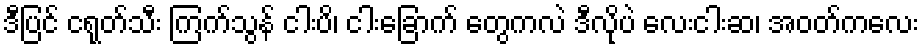
ဒီပြင် ငရုတ်သီး ကြက်သွန် ငါးပိ၊ ငါးခြောက် တွေကလဲ ဒီလိုပဲ လေးငါးဆ၊ အဝတ်ကလေး